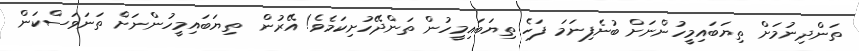
ތަންދިނުމަށް ތިޔަބައިމީހުންނަށް ބުނެފިނަމަ ފަހެ ތިޔަބައިމީހުން ތަންދޭހުށިކަމެވެ! އޭރުން  ތިޔަބައިމީހުންނަށް ތަނަވަސްކަން